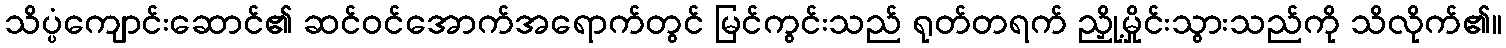
သိပ္ပံကျောင်းဆောင်၏ ဆင်ဝင်အောက်အရောက်တွင် မြင်ကွင်းသည် ရုတ်တရက် ညှို့မှိုင်းသွားသည်ကို သိလိုက်၏။